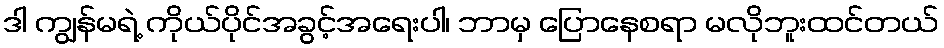
ဒါ ကျွန်မရဲ့ ကိုယ်ပိုင်အခွင့်အရေးပါ၊ ဘာမှ ပြောနေစရာ မလိုဘူးထင်တယ်